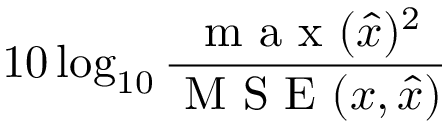
1 0 \log _ { 1 0 } \frac { \mathrm { ~ m ~ a ~ x ~ } ( \hat { x } ) ^ { 2 } } { \mathrm { ~ M ~ S ~ E ~ } ( x , \hat { x } ) }